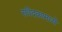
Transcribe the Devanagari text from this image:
संवेदकामध्ये